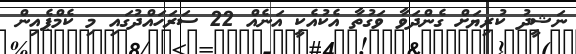
ނަޝީދު ކުރިޔަށް ގެންދަވާ ވަގުތާ އެކުއެކީ އަނެއް 22 ސަރަހައްދުގައި މި ކެމްޕެއިން